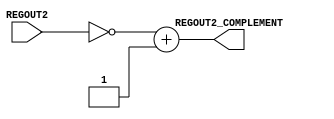
module twos_complement(REGOUT2_COMPLEMENT, REGOUT2);

input [7:0] REGOUT2;     
output [7:0] REGOUT2_COMPLEMENT; 
//Add a #1 time unit latency to the Twos Complement unit
assign #1 REGOUT2_COMPLEMENT = ~REGOUT2 + 8'b0000_0001;    //negate the value 

endmodule